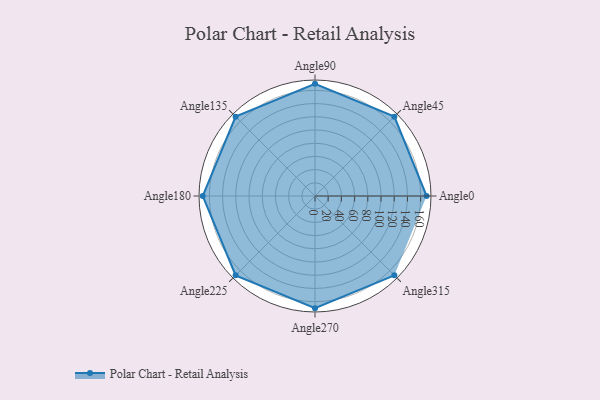
{"axis": {"x": "Angle", "y": "Radius"}, "legend": [""], "data": [{"x": "Angle0", "y": 169.0, "type": ""}, {"x": "Angle45", "y": 170, "type": ""}, {"x": "Angle90", "y": 170, "type": ""}, {"x": "Angle135", "y": 170, "type": ""}, {"x": "Angle180", "y": 170, "type": ""}, {"x": "Angle225", "y": 170, "type": ""}, {"x": "Angle270", "y": 170, "type": ""}, {"x": "Angle315", "y": 170, "type": ""}]}